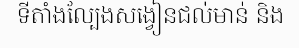
ទីតាំងល្បែងសង្វៀនជល់មាន់ និង